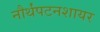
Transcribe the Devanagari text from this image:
नौर्थंपटनशायर